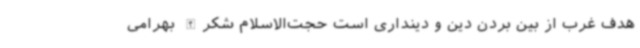
هدف غرب از بین بردن دین و دینداری است حجت‌الاسلام شکرالله بهرامی